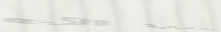
محلات الأزياء النسائية ال